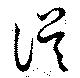
誤